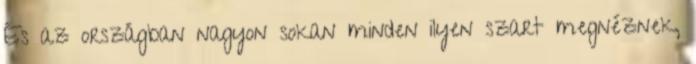
És az országban nagyon sokan minden ilyen szart megnéznek,